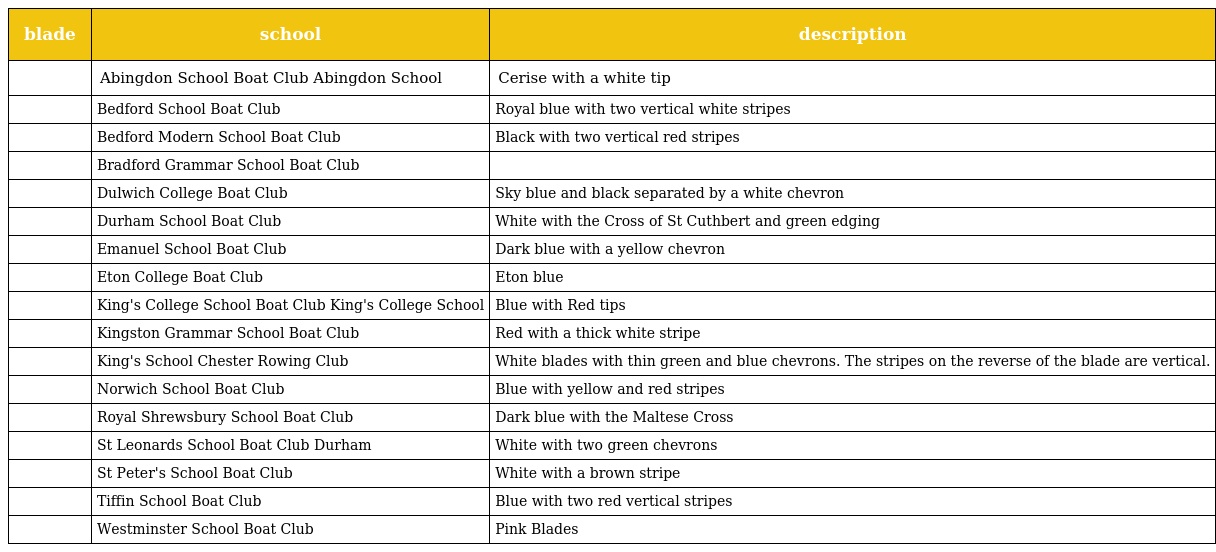
| blade | school | description |
 | --- | --- | --- |
 |  | Abingdon School Boat Club Abingdon School | Cerise with a white tip |
 |  | Bedford School Boat Club | Royal blue with two vertical white stripes |
 |  | Bedford Modern School Boat Club | Black with two vertical red stripes |
 |  | Bradford Grammar School Boat Club |  |
 |  | Dulwich College Boat Club | Sky blue and black separated by a white chevron |
 |  | Durham School Boat Club | White with the Cross of St Cuthbert and green edging |
 |  | Emanuel School Boat Club | Dark blue with a yellow chevron |
 |  | Eton College Boat Club | Eton blue |
 |  | King's College School Boat Club King's College School | Blue with Red tips |
 |  | Kingston Grammar School Boat Club | Red with a thick white stripe |
 |  | King's School Chester Rowing Club | White blades with thin green and blue chevrons. The stripes on the reverse of the blade are vertical. |
 |  | Norwich School Boat Club | Blue with yellow and red stripes |
 |  | Royal Shrewsbury School Boat Club | Dark blue with the Maltese Cross |
 |  | St Leonards School Boat Club Durham | White with two green chevrons |
 |  | St Peter's School Boat Club | White with a brown stripe |
 |  | Tiffin School Boat Club | Blue with two red vertical stripes |
 |  | Westminster School Boat Club | Pink Blades |